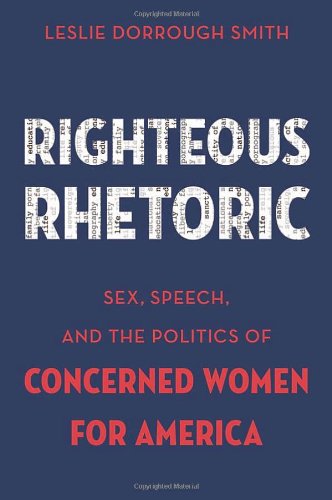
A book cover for Righteous Rhetoric: Sex, Speech, and the Politics of Concerned Women for America (AAR ACADEMY SER); Leslie Dorrough Smith; Christian Books & Bibles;